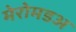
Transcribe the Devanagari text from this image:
मेरोमडअ